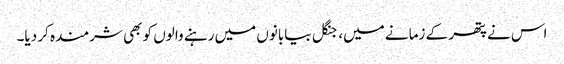
اس نے پتھر کے زمانے میں، جنگل بیابانوں میں رہنے والوں کو بھی شرمندہ کر دیا۔